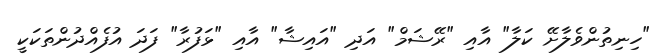
"ހިނިތުންވެލާށޭ ކަލާ" އާއި "ރޭޝަމް" އަދި "އައިޝާ" އާއި "ޅަފުރާ" ފަދަ އުފެއްދުންތަކަކީ